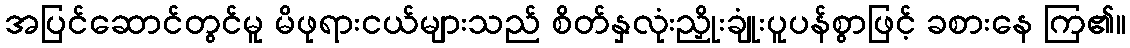
အပြင်ဆောင်တွင်မူ မိဖုရားငယ်များသည် စိတ်နှလုံးညှိုးချုံးပူပန်စွာဖြင့် ခစားနေ ကြ၏။